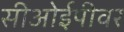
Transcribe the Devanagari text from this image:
सीओईपीवर